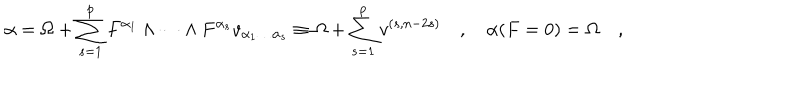
\alpha = \Omega + \sum _ { s = 1 } ^ { p } F ^ { \alpha _ { 1 } } \wedge \dots \wedge F ^ { \alpha _ { s } } v _ { \alpha _ { 1 } \dots \alpha _ { s } } \equiv \Omega + \sum _ { s = 1 } ^ { p } v ^ { ( s , n - 2 s ) } \quad , \quad \alpha ( F = 0 ) = \Omega \quad ,